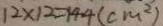
1 2 \times 1 2 = 1 4 4 ( c m ^ { 2 } )